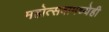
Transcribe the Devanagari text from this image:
महोत्सवामध्येही